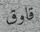
قاوق